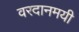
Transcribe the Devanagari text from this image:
वरदानमयी